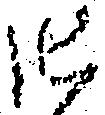
御